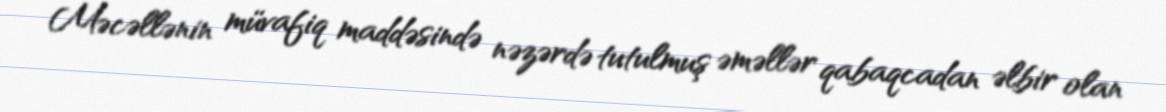
Məcəllənin müvafiq maddəsində nəzərdə tutulmuş əməllər qabaqcadan əlbir olan